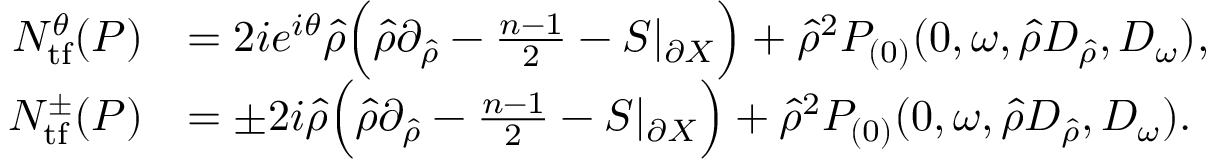
\begin{array} { r l } { N _ { \mathrm { t f } } ^ { \theta } ( P ) } & { = 2 i e ^ { i \theta } \hat { \rho } \Bigl ( \hat { \rho } \partial _ { \hat { \rho } } - \frac { n - 1 } { 2 } - S | _ { \partial X } \Bigr ) + \hat { \rho } ^ { 2 } P _ { ( 0 ) } ( 0 , \omega , \hat { \rho } D _ { \hat { \rho } } , D _ { \omega } ) , } \\ { N _ { \mathrm { t f } } ^ { \pm } ( P ) } & { = \pm 2 i \hat { \rho } \Bigl ( \hat { \rho } \partial _ { \hat { \rho } } - \frac { n - 1 } { 2 } - S | _ { \partial X } \Bigr ) + \hat { \rho } ^ { 2 } P _ { ( 0 ) } ( 0 , \omega , \hat { \rho } D _ { \hat { \rho } } , D _ { \omega } ) . } \end{array}